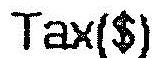
TAX($)